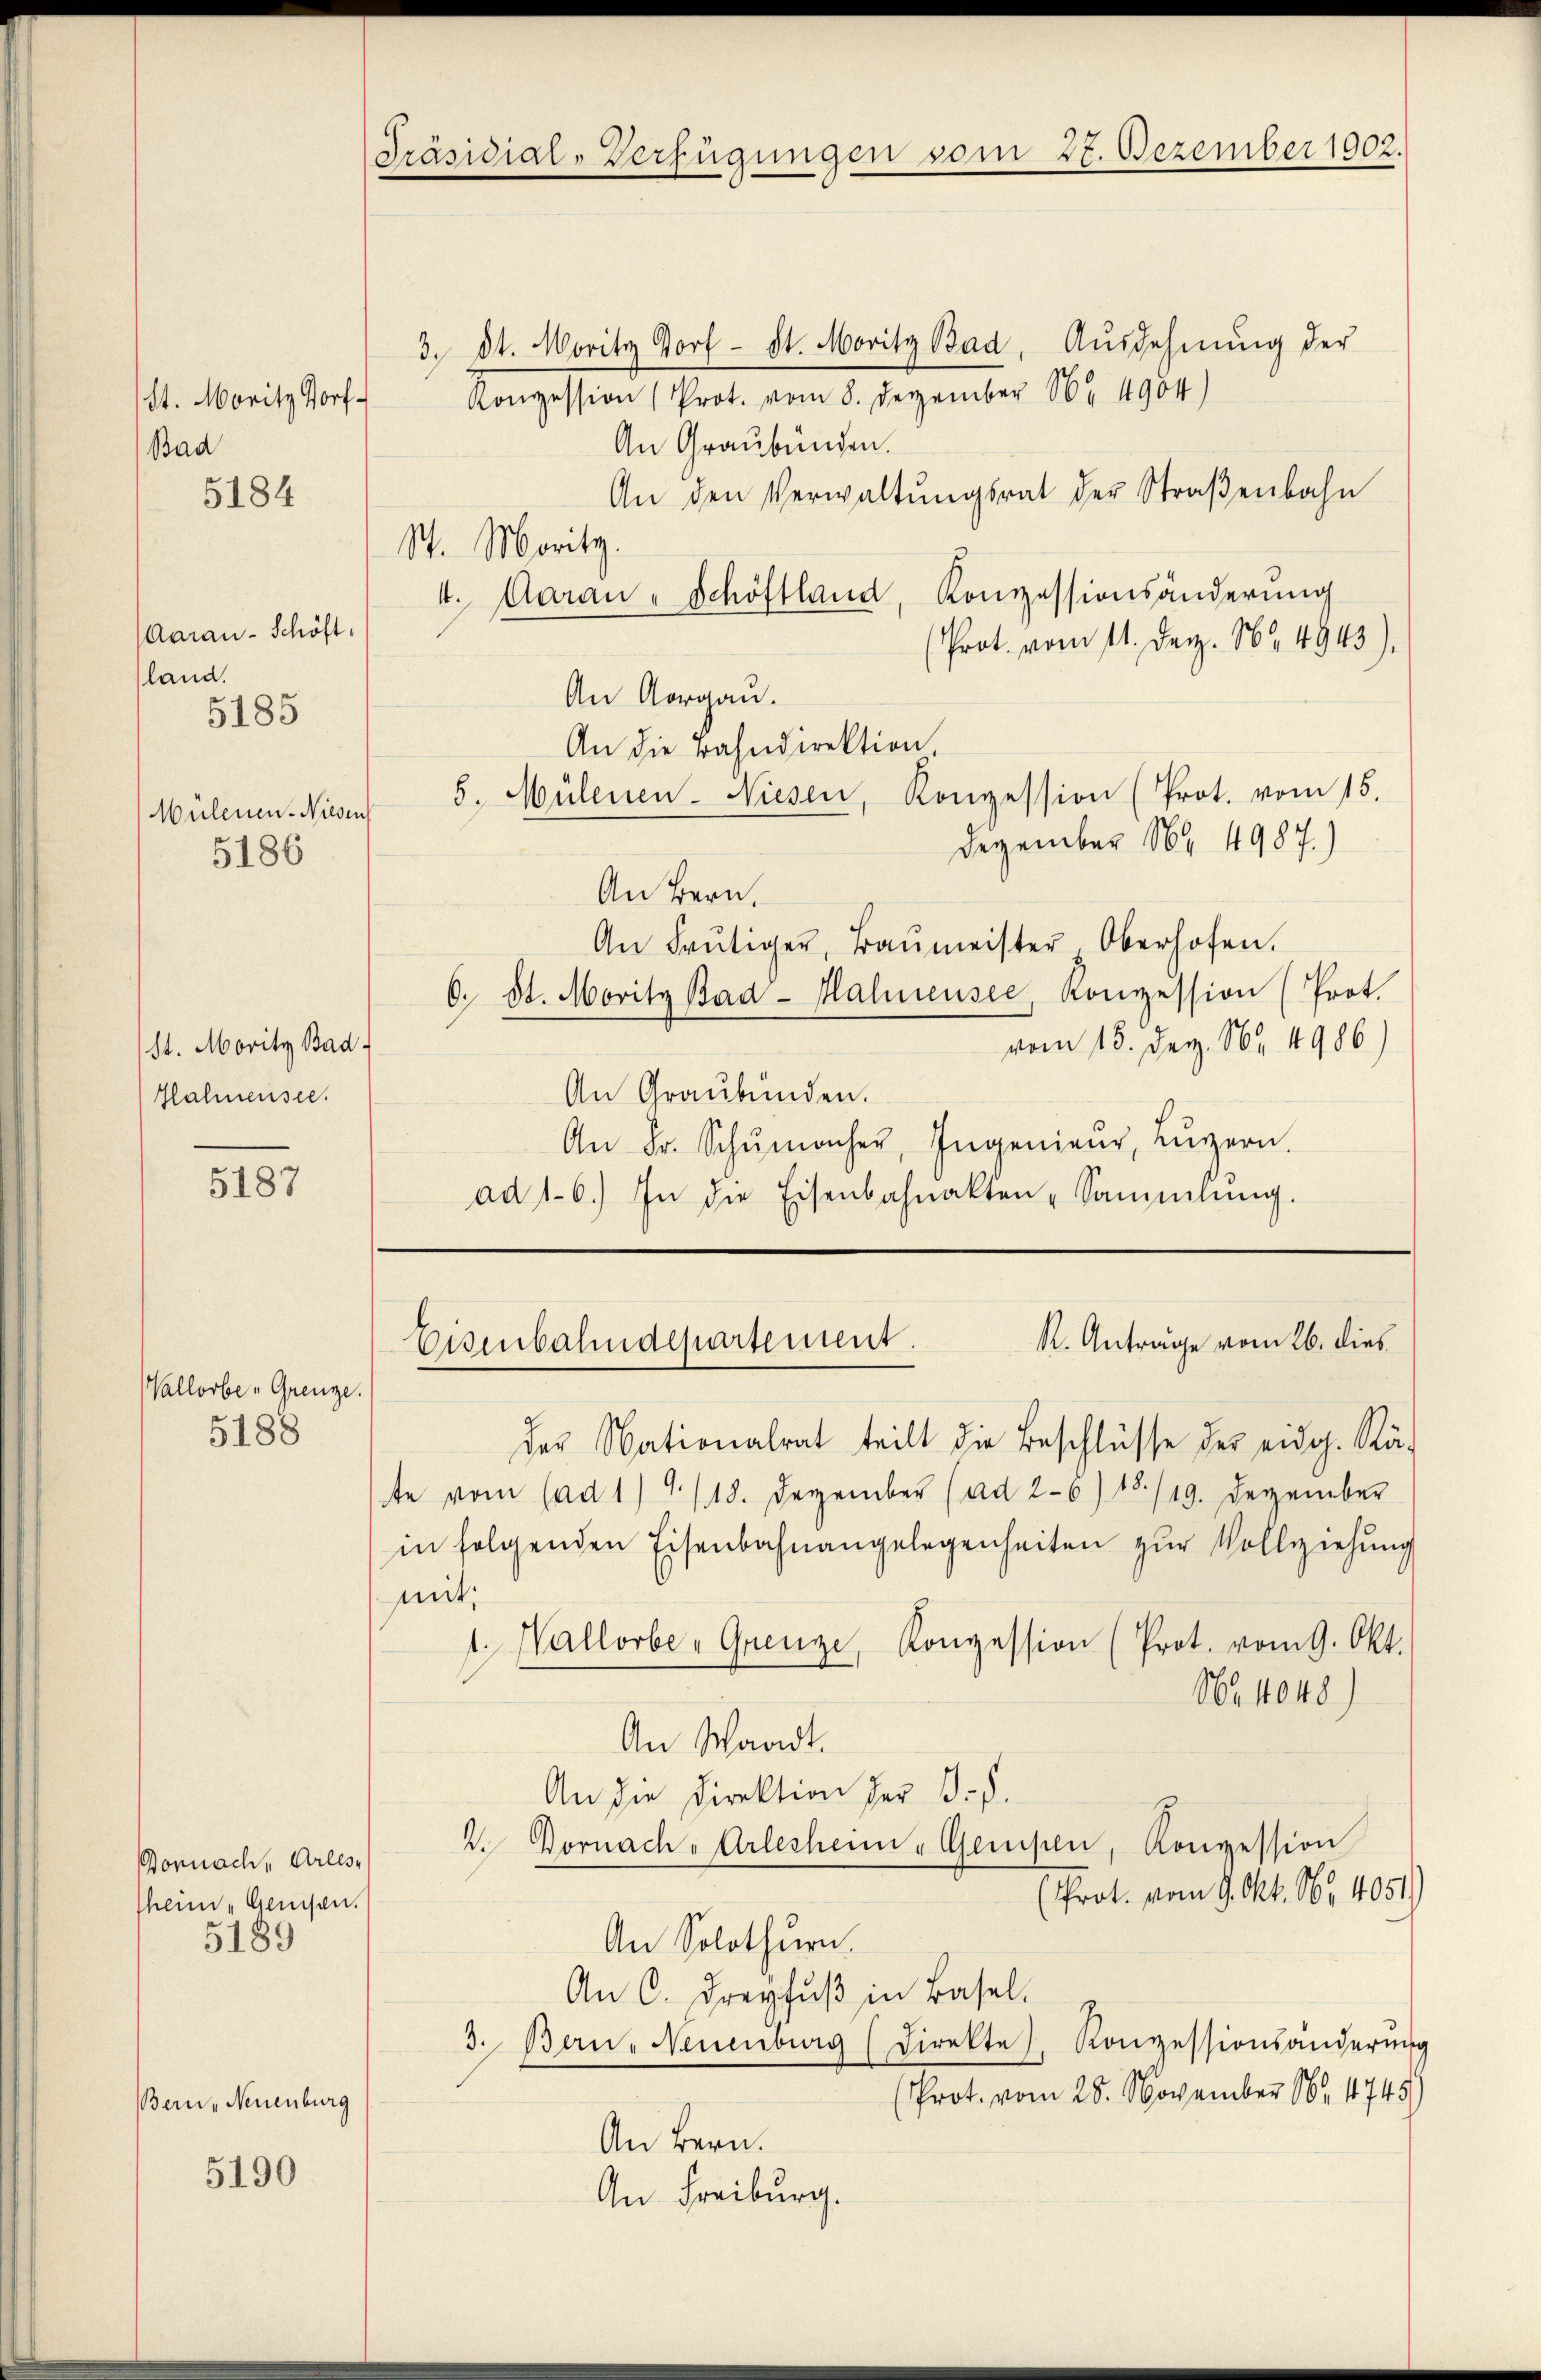
St. Moritz Dorf
Bad

5184

Aarau - Schöft
land.

5185

St. Mority Bad
Hahnensee.

5187

Vallorbe-Grenze.

5188

Bornach Arles
Then Genesen.
5189

5190

Mülenen. Niesen
5186

Bern, Neuenburg

Präsidial-Verfügungen som

3. 8t. Moritz Dorf - St. Moritz Bad, Ausdehnung der
Konzession (Prot. vom 8. Dezember 16. 4904)
An Graubünden.
An den Verwaltŭngsrat der Straβenbahn
St. Moritz.
4. Aarau - Schöftland, Konzessionsänderŭng
(Prot. vom 11. Dez. 164943),
An Aargau.
An die Bahndirektion,
5. Mülenen. Niesen, Konzession (Prot. vom 15.
Dezember Nr. 4987.)
An Bern,
An Frutiger, Baŭmeister Oberhofen.
6. St. Moritz Bad-Halmensee, Konzession (Prot.
vom 15. Dez. 182. 4986)
An Graubünden.
An Fr. Schŭmher, Ingenieŭr, Lŭzern.
ad 16. In die Eisenbahnakten-Sammlung.

27. Dezember 1902.

K. Anträge vom 26. dies
Eisenbahndepartement.

der Nationalrat teilt die Beschlüsse der eidg. Rä-
te vom (ad 1) 4/18. Dezember (ad 26) 15/19. Dezember
in folgenden Eisenbahnangelegenheiten zŭr Vollziehŭng
mit;
1. Wallorbe-Grenze, Konzession (Prot. vom 9. Okt.
No. 4048
An Waadt.
An die Direktion der B. P.
2. Dornach - Arlesheim - Genißen, Konzession
(Prot. vom 9. Okt. Nr. 40511
An Solothurn.
An C. Dreyfŭβ in Basel.
3. Bau- Neuenburg (Direkte Konzessionsänderŭng
(Prot. vom 28. November 16 1745
An Bern.
An Freiburg.